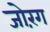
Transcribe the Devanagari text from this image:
जोरंग